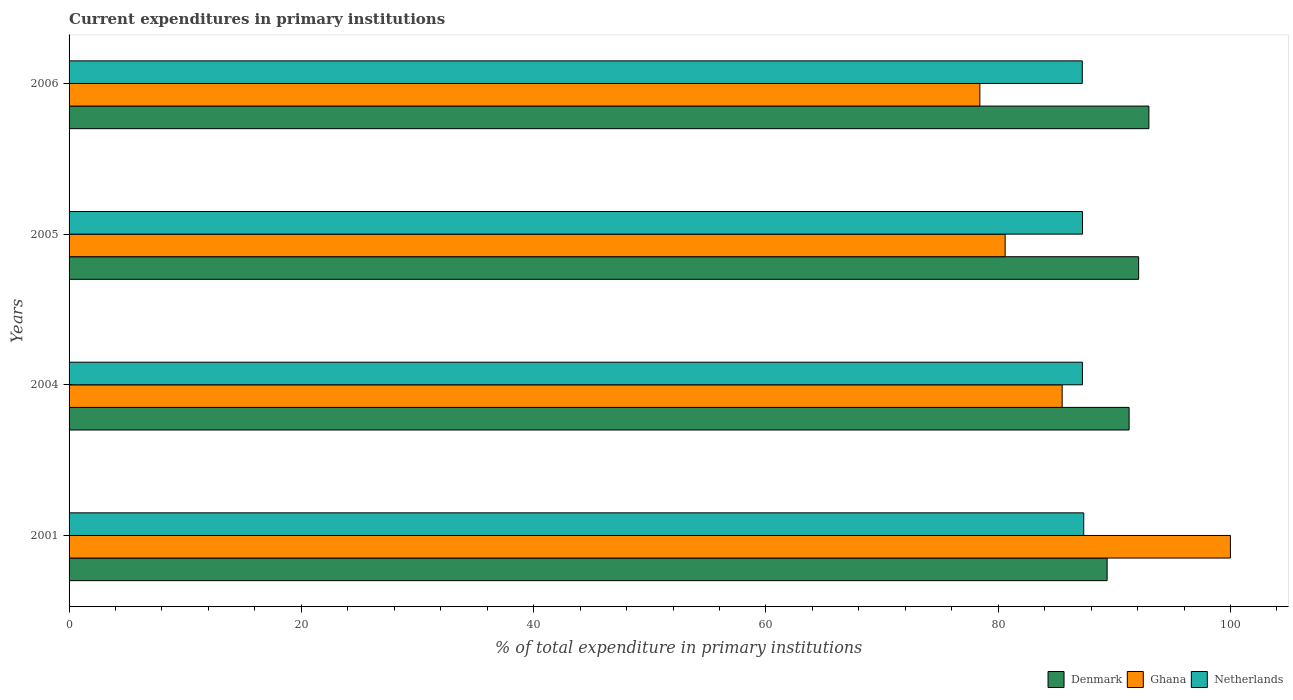
| Years | Denmark | Ghana | Netherlands |
 | --- | --- | --- | --- |
 | 2001 | 89.4 | 100 | 87.4 |
 | 2004 | 91.3 | 85.5 | 87.3 |
 | 2005 | 92.1 | 80.6 | 87.3 |
 | 2006 | 93 | 78.4 | 87.2 |